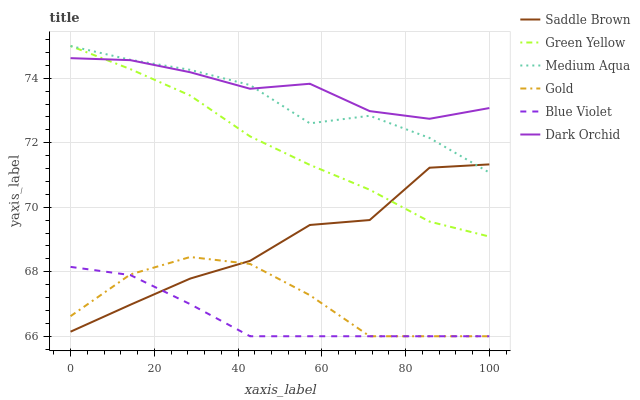
| xaxis_label | Saddle Brown | Green Yellow | Medium Aqua | Gold | Blue Violet | Dark Orchid |
 | --- | --- | --- | --- | --- | --- | --- |
 | 0 | 66.1 | 75 | 75 | 66.6 | 68.2 | 74.6 |
 | 14.3 | 67 | 74.3 | 74.6 | 67.9 | 67.9 | 74.6 |
 | 28.6 | 67.8 | 73.5 | 74.3 | 68.5 | 67 | 74.2 |
 | 42.9 | 68.3 | 72.2 | 73.8 | 68.2 | 66 | 73.7 |
 | 57.1 | 69.5 | 71.3 | 72.6 | 67.3 | 66 | 73.8 |
 | 71.4 | 69.6 | 70.5 | 72.8 | 66 | 66 | 73 |
 | 85.7 | 71.2 | 69.6 | 72.1 | 66 | 66 | 72.7 |
 | 100 | 71.3 | 69.1 | 71.1 | 66 | 66 | 73.1 |